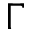
\Gamma